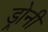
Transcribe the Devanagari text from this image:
ड्रोनी